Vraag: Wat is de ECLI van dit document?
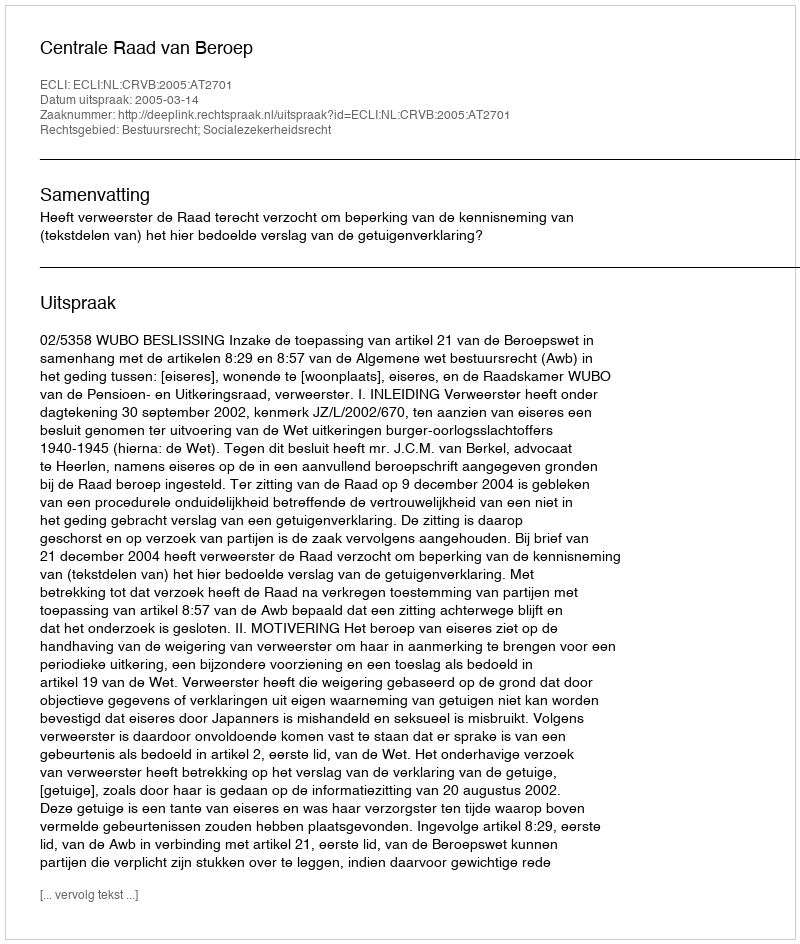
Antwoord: ECLI:NL:CRVB:2005:AT2701